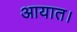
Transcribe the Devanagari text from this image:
आयात।